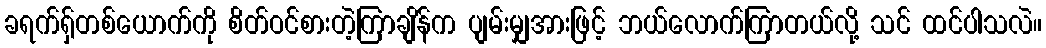
ခရက်ရှ်တစ်ယောက်ကို စိတ်ဝင်စားတဲ့ကြာချိန်က ပျမ်းမျှအားဖြင့် ဘယ်လောက်ကြာတယ်လို့ သင် ထင်ပါသလဲ။